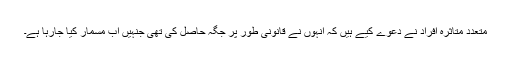
متعدد متاثرہ افراد نے دعوے کیے ہیں کہ انہوں نے قانونی طور پر جگہ حاصل کی تھی جنہیں اب مسمار کیا جارہا ہے۔